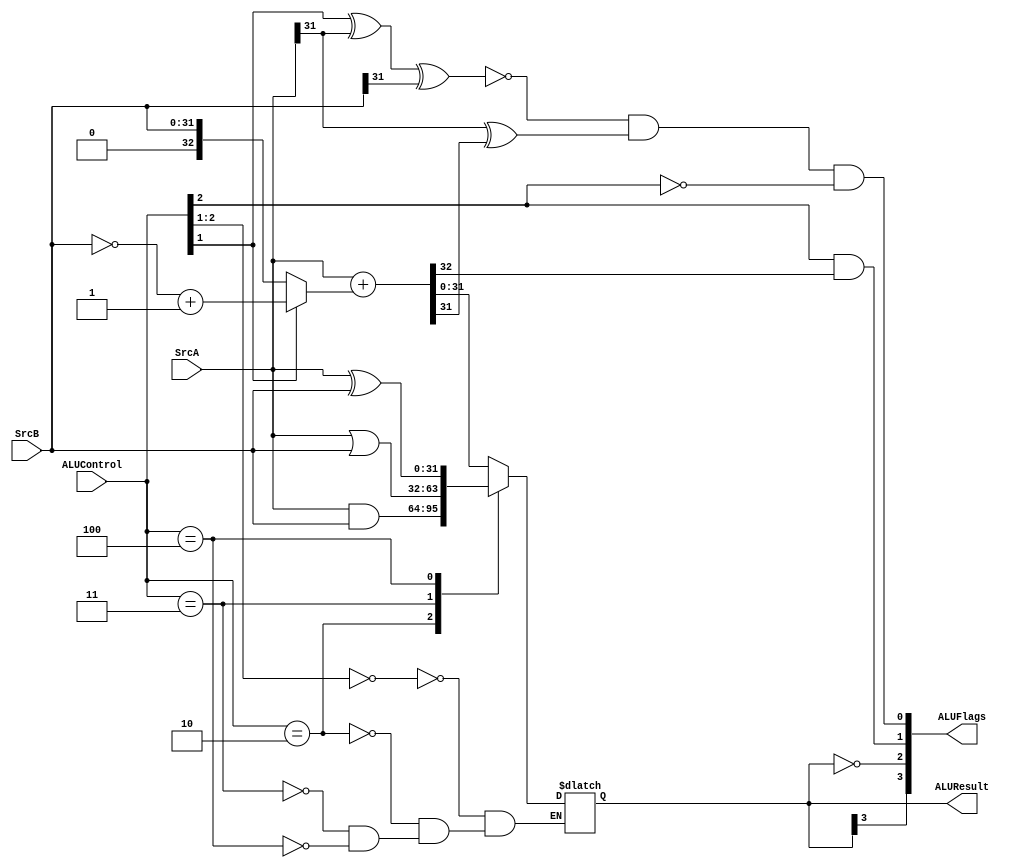
`timescale 1ns / 1ps
module alu(SrcA, SrcB, ALUControl, ALUResult, ALUFlags);
   
    input [31:0] SrcA;
    input [31:0] SrcB;
    input [2:0] ALUControl;
    output wire [3:0] ALUFlags;
    
    output reg [31:0] ALUResult;
    wire neg, zero, carry, overflow;
    wire [3:0] condinvb;
    wire [32:0] sum;
    wire clk_en;

    parameter ARITHMETIC = 3'b00?;
    parameter AND = 3'b010;
    parameter OR =  3'b011;
    parameter XOR =  3'b100;
    

    assign sum = SrcA + (ALUControl[1] ? (~SrcB + 1) : SrcB);
    
    always @(*) begin
        casex (ALUControl)
            ARITHMETIC:
                begin
                    ALUResult = sum;
                end
            AND:
                begin
                    ALUResult = SrcA & SrcB;    
                end
            OR:
                begin
                    ALUResult = SrcA | SrcB;
                end 
            XOR:
                begin
                    ALUResult = SrcA ^ SrcB;
                end
        endcase
    end

    assign neg = ALUResult[3];
    assign zero = (ALUResult == 0);
    assign carry = (ALUControl[2] & sum[32]);
    assign overflow = (~(ALUControl[1] ^ SrcA[31] ^ SrcB[31])) & (SrcA[31] ^ sum[31]) & (~ALUControl[2]);
    assign ALUFlags = {neg, zero, carry, overflow};
   
endmodule